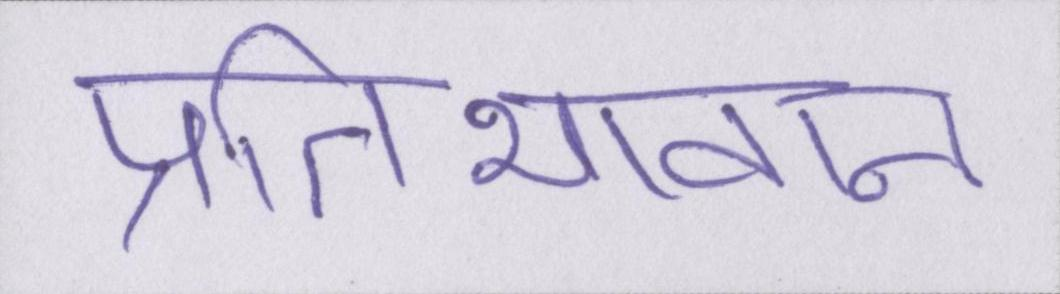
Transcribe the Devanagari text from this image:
प्रतिभावान